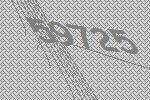
59725